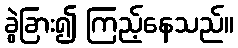
ခွဲခြား၍ ကြည့်နေသည်။